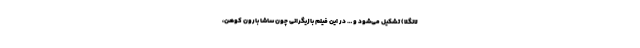
لانگلا) تشکیل می‌شود و … در این فیلم بازیگرانی چون ساشا بارون کوهن،